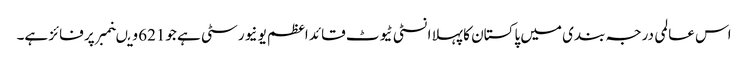
اس عالمی درجہ بندی میں پاکستان کا پہلا انسٹی ٹیوٹ قائد اعظم یو نیورسٹی ہے جو621 ویںنمبر پر فائز ہے۔